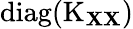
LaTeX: \operatorname{diag}(\operatorname{K}_{\mathbf{X}\mathbf{X}})